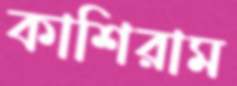
কাশিরাম